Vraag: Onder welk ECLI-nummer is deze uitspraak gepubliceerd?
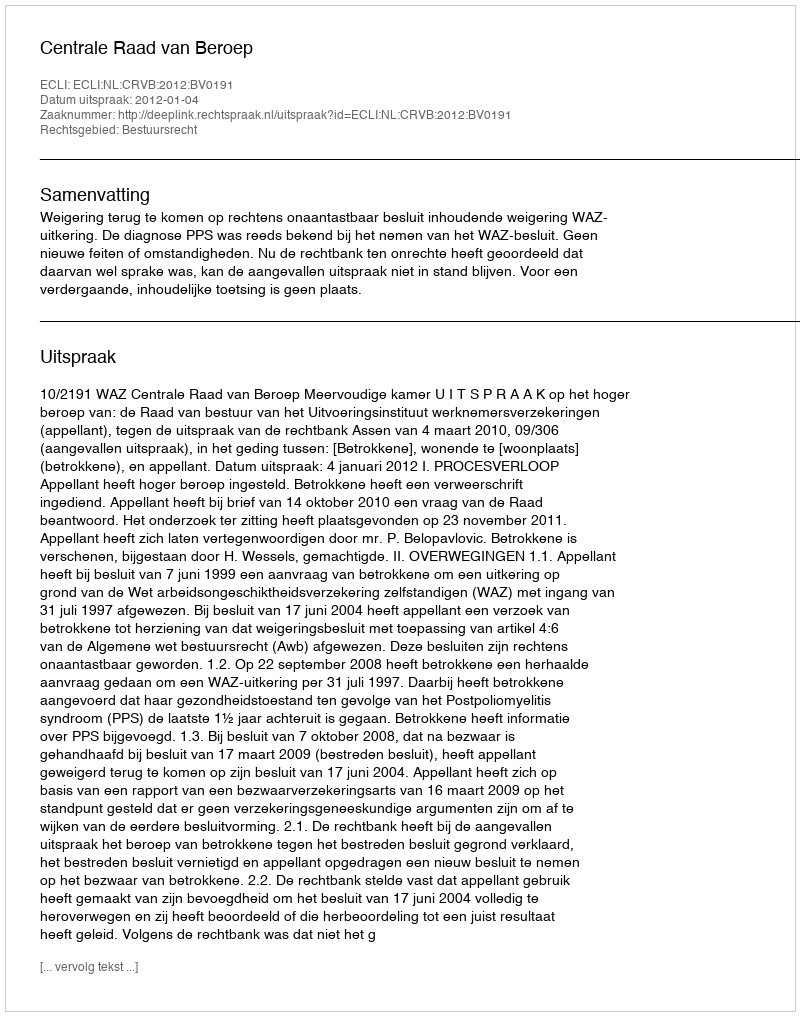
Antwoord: ECLI:NL:CRVB:2012:BV0191